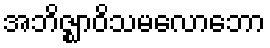
အဘိဇ္ဈာဝိသမလောဘော